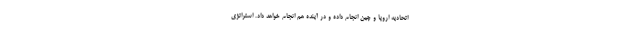
اتحادیه اروپا و چین انجام داده و در آینده هم انجام خواهد داد. استراتژی